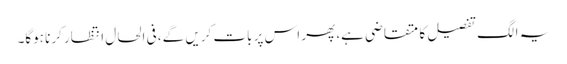
یہ الگ تفصیل کا متقاضی ہے، پھر اس پر بات کریں گے، فی الحال انتظار کرنا ہوگا۔